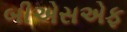
બીએસએફ